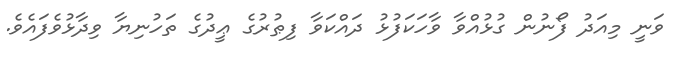
ވަނީ މިއަދު ފޯނުން ގުޅުއްވާ ވާހަކަފުޅު ދައްކަވާ ފިޠުރުގެ ޢީދުގެ ތަހުނިޔާ ވިދާޅުވެފައެވެ.